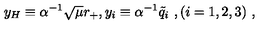
y _ { H } \equiv \alpha ^ { - 1 } \sqrt { \mu } r _ { + } , y _ { i } \equiv \alpha ^ { - 1 } { { \tilde { q } } _ { i } } \ , ( i = 1 , 2 , 3 ) \ ,